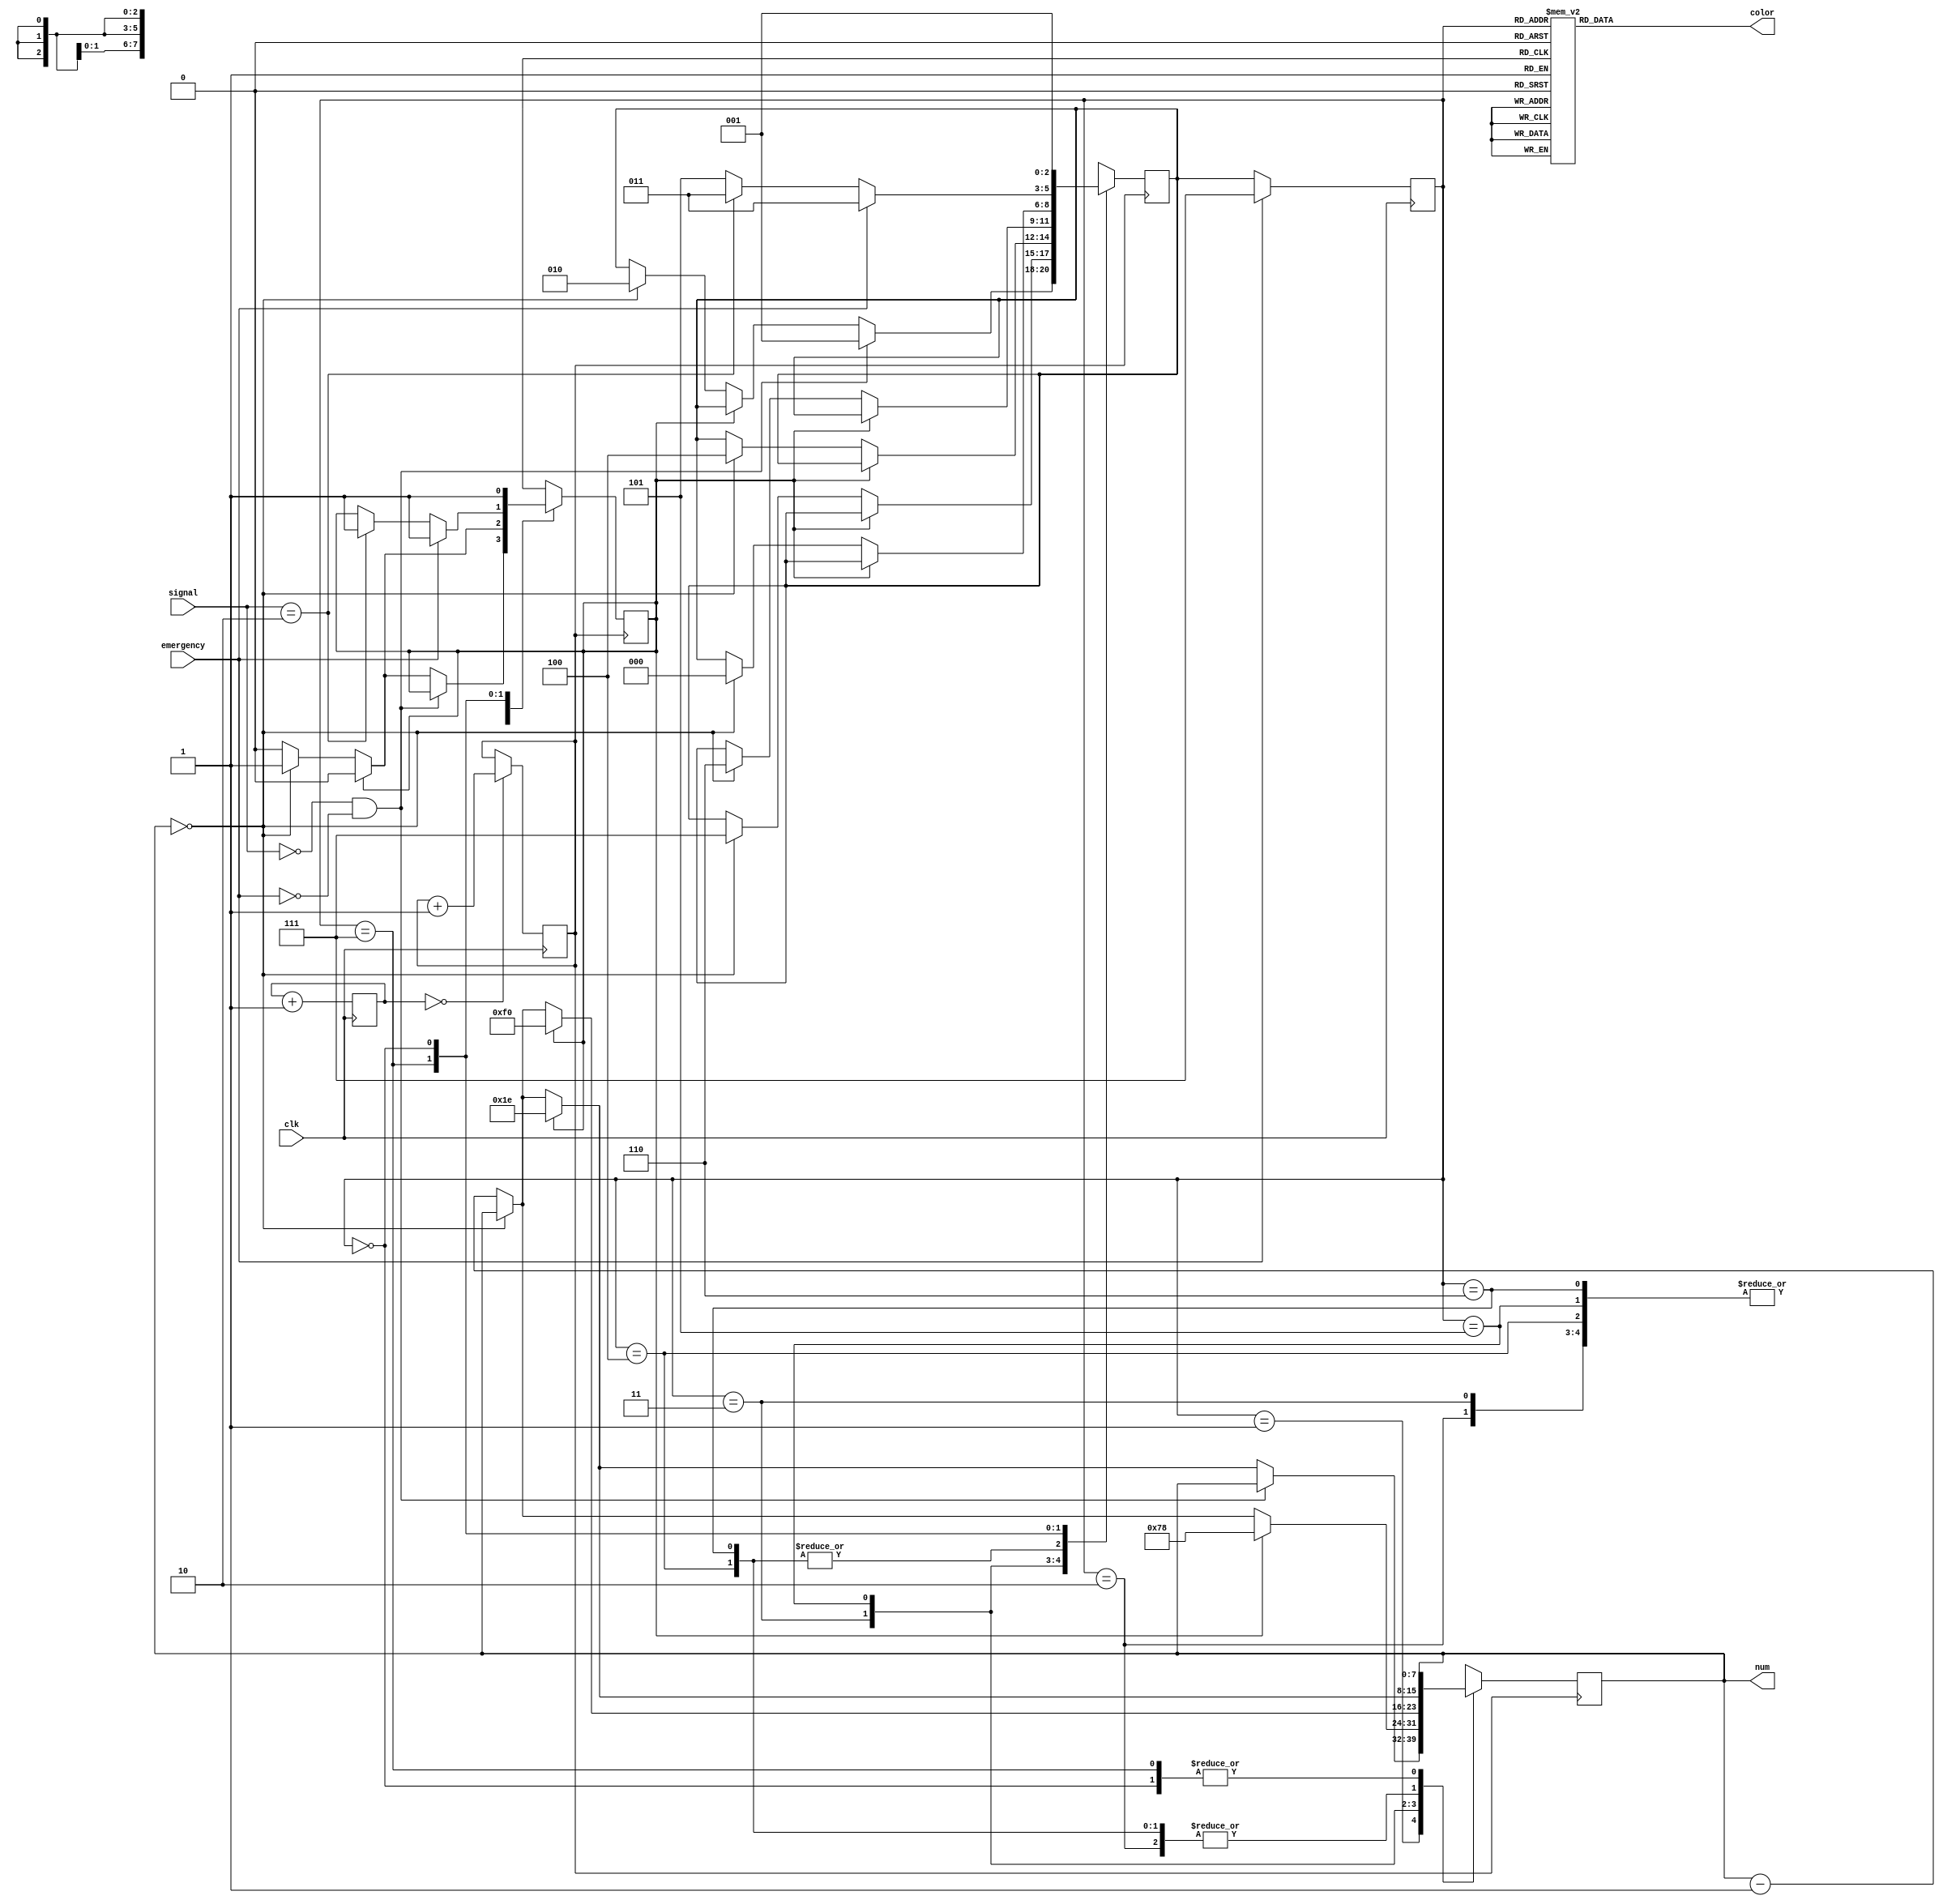
`timescale 1ns / 1ps


module Core(
input emergency,
input [1:0] signal,
input clk,

output reg[7:0] num,
output reg[2:0] color
    );

reg [2:0] next_state =0;
reg [2:0] state=0;

localparam [2:0] S1 = 3'b001;
localparam [2:0] S2 = 3'b010;
localparam [2:0] S3 = 3'b011;
localparam [2:0] S4 = 3'b100;
localparam [2:0] S5 = 3'b101;
localparam [2:0] S6 = 3'b110;
localparam [2:0] S7 = 3'b111;
localparam [2:0] S8 = 3'b000;
    
    localparam [7:0] one_sec = 8'b00000010;
    localparam [7:0] thirty_sec = 8'b00011110;
    localparam [7:0] two_min = 8'b01111000;
    localparam [7:0] four_min = 8'b11110000;

reg index=1;
reg [21:0] clk_counter =0;
reg counter=0;

always @ (posedge clk)
begin
clk_counter <= clk_counter+1;
end

always @ (posedge clk)
begin
    if (clk_counter==0)
        begin
            counter <= counter+1;
        end
end    
/////////////////////now...logic start////////////////
always @(posedge clk)   /////
begin                   /////
if(emergency==1)        ////
state <=S7;             ////
else                    ////
state <=  next_state;   ////
end                     ////
/////////////////////////////////////complex logic below
always @(posedge counter)
begin
case(state)
S1:
begin
if ((signal==0)&(emergency==0))
    next_state=S1;
else if (index==1)
    begin
    num=thirty_sec;
    index=0;
    end
else
    if(num==0)
        begin
        next_state=S2;
        index=1;
    end
    else
    num=num-1;
end
S2:
begin
if (index==1)
    begin
    num=thirty_sec;
    index=0;
    end
else
    if(num==0)
        begin
        next_state=S7;
        index=1;
        end
    else
        num=num-1; 
end
S3:
begin
    if(index==1)
        begin
        num=two_min;
        index=0;
        end
    else
        if(num==0)
            begin
            next_state=S4;
            index=1;
            end
        else
            num=num-1;
end
S4:
begin
    if(index==1)
        begin
        num=thirty_sec;
        index=0;
        end
    else
        if(num==0)
            begin
            next_state=S8;
            index=1;
            end
        else
            num=num-1;
end
S5:
begin
    if(index==1)
        begin
        num=four_min;
        index=0;
        end
    else
        if(num==0)
            begin
            next_state=S6;
            index=1;
            end
        else
            num=num-1;
end
S6:

begin
    if(index==1)
        begin
        num=thirty_sec;
        index=0;
        end
    else
        if(num==0)
            begin
            next_state=S8;
            index=1;
            end
        else
            num=num-1;
end
S7:
begin
    if(emergency==1)
        begin
        next_state=S3;
        index=1;
        end
    else if(signal==2'b10)
        begin
        next_state=S3;
        index=1;
        end
    else
        next_state=S5;
end
S8:
begin
    next_state=S1;
    index=1;
end
endcase
end
////////////////////////////////////////////////////color blow
always @ (*)
begin
case (state)                 //what color start
S1:
color = 3'b000;
S2:
color = 3'b001;
S3:                 
color = 3'b010;
S4:
color = 3'b011;
S5:
color = 3'b100;
S6:
color = 3'b101;
S7:
color = 3'b110;
S8:
color = 3'b111;
default:
color = 3'b111;          //What corlor end
endcase
end
    
endmodule